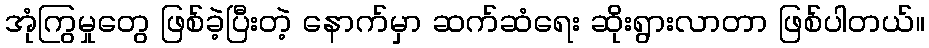
အုံကြွမှုတွေ ဖြစ်ခဲ့ပြီးတဲ့ နောက်မှာ ဆက်ဆံရေး ဆိုးရွားလာတာ ဖြစ်ပါတယ်။